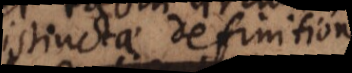
distinctae definitione,